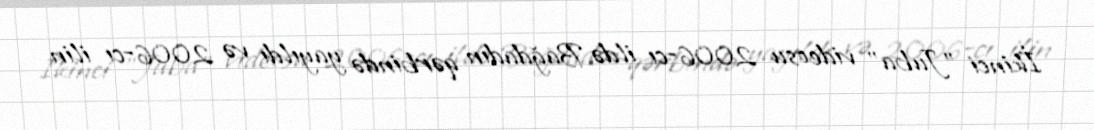
İkinci "Juba" videosu 2006-cı ildə Bağdadın qərbində yayıldı və 2006-cı ilin